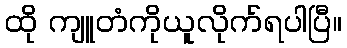
ထို ကျူတံကိုယူလိုက်ရပါပြီ။